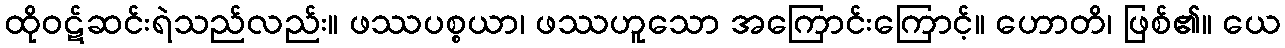
ထိုဝဋ်ဆင်းရဲသည်လည်း။ ဖဿပစ္စယာ၊ ဖဿဟူသော အကြောင်းကြောင့်။ ဟောတိ၊ ဖြစ်၏။ ယေ